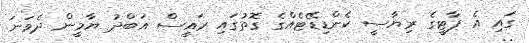
ގައި އެ ޕާޓީގެ ރިޔާސީ ކެންޑިޑޭޓެއްގެ ގޮތުގައި ރައީސް އަބްދު ޔާމީން ދެވަނަ